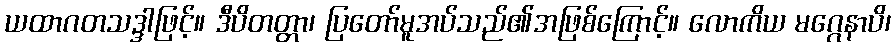
ယထာဂတသဒ္ဒါဖြင့်။ ဒီပိတတ္တာ၊ ပြတော်မူအပ်သည်၏အဖြစ်ကြောင့်။ လောကိယ မဂ္ဂေနာပိ၊